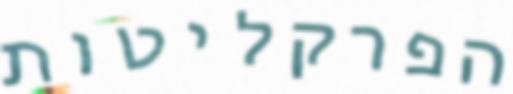
הפרקליטות